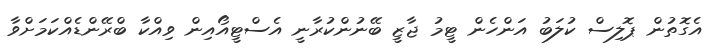
އެގޮތުން ޕޮލިސް ކުލަބު އަންހެން ޓީމު ޖާޒީ ބޭނުންކުރާނީ އެސްޓީއޯއިން ވިއްކާ ބްރޭންޑެއްކަމަށްވާ